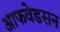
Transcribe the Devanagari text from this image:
आफवेडसन